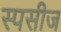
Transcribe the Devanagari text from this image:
स्पसीज